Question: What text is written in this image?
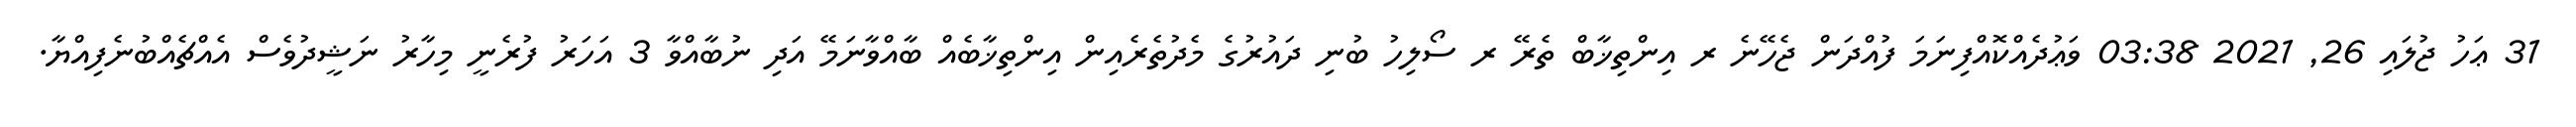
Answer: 31 ޢަހު ޖުލައި 26, 2021 03:38 ވަޢުދެއްކޮއްފިނަމަ ފުއްދަން ޖެހޭނެ ރ އިންތިޚާބް ތެރޭ ރ ސޯލިހު ބުނި ދައުރުގެ މެދުތެރެއިން އިންތިޚާބެއް ބާއްވާނަމޭ އަދި ނުބާއްވާ 3 އަހަރު ފުރެނީ މިހާރު ނަޝީދުވެސް އެއްޗެއްބުނެފިއްޔާ.